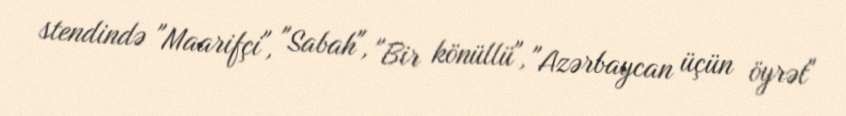
stendində "Maarifçi", "Sabah", "Bir könüllü", "Azərbaycan üçün öyrət"